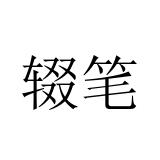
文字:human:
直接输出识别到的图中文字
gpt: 辍笔